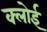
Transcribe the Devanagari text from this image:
क्लोई